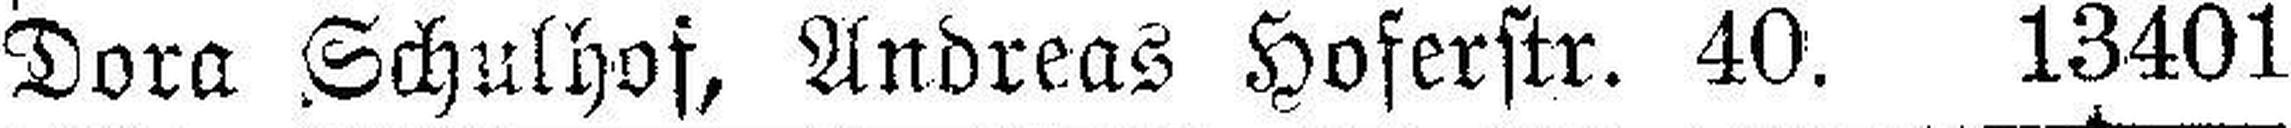
Dora Schulhof, Andreas Hoferstr. 40. 13401